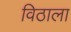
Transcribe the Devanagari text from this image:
विठाला